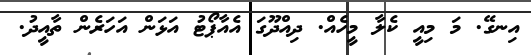
އިނގޭ. މަ މިއީ ކެލާ މީހެއް. ދިއްދޫގަ އެއާޕޯޓު އަޅަން އަހަރެން ތާއީދު.